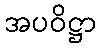
အပဝိဋ္ဌာ